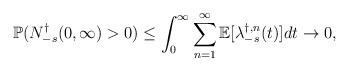
LaTeX: \begin{align*}\mathbb{P}(N_{-s}^{\dagger}(0,\infty)>0)\leq\int_{0}^{\infty}\sum_{n=1}^{\infty}\mathbb{E}[\lambda_{-s}^{\dagger,n}(t)]dt\rightarrow 0,\end{align*}